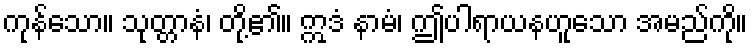
ကုန်သော။ သုတ္တာနံ၊ တို့၏။ ဣဒံ နာမံ၊ ဤပါရာယနဟူသော အမည်ကို။